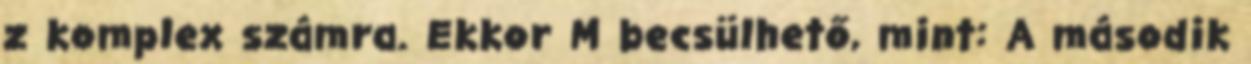
z komplex számra. Ekkor M becsülhető, mint: A második